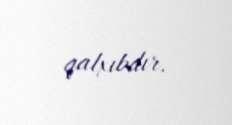
qalxıbdır.